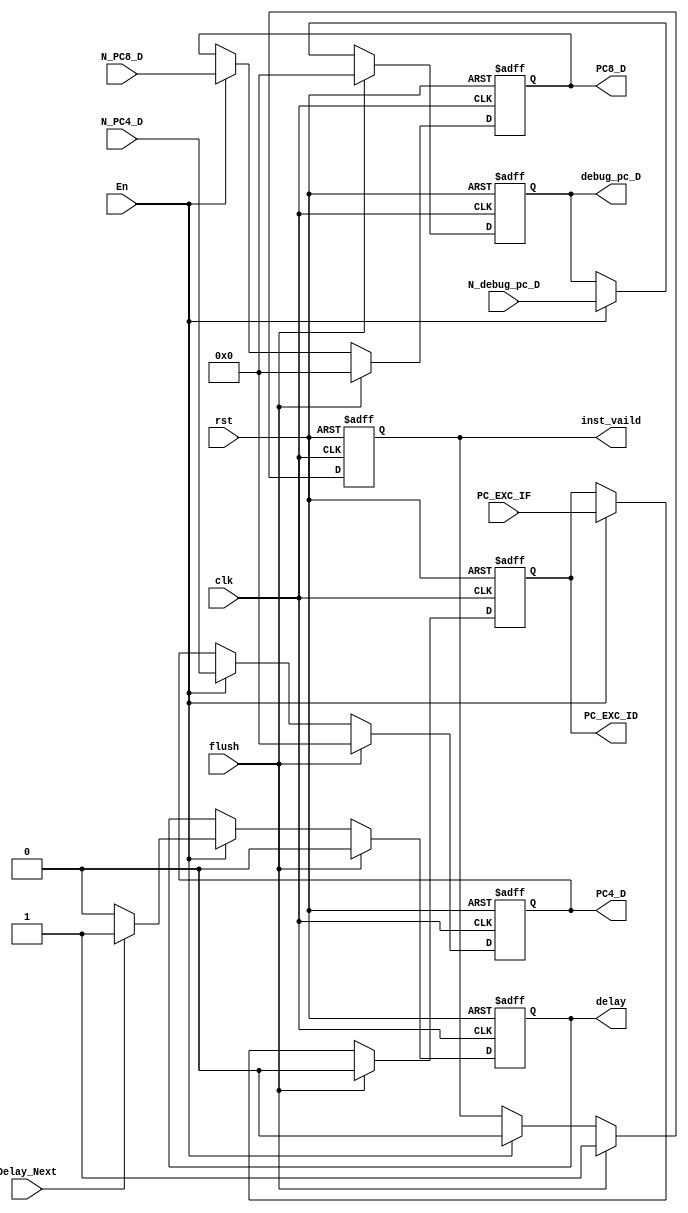
module FD(
    input clk,
	input rst,
	input En,
	input flush,
	input [31:0] N_PC4_D,
	input [31:0] N_PC8_D,
	input [31:0] N_debug_pc_D,
	input PC_EXC_IF,
	input Delay_Next,
	output reg [31:0] debug_pc_D,
	output reg [31:0] PC4_D = 0,
	output reg [31:0] PC8_D = 0,
	output reg  PC_EXC_ID,
	output reg inst_vaild,
	output reg delay
);

always @(posedge clk,posedge rst) begin
	if (rst) begin
		PC4_D <= 0;
		PC8_D <= 0;
		debug_pc_D <= 0;
		PC_EXC_ID <= 0;
		inst_vaild <= 0;
		delay <= 0;
	end
	else if (flush) begin
	  	PC4_D <= 0;
		PC8_D <= 0;
		debug_pc_D <= 0;
		PC_EXC_ID <= 0;
		inst_vaild <= 1;
		delay <= 0;
	end
	else if(En) begin
		PC4_D <= N_PC4_D;
		PC8_D <= N_PC8_D;
		debug_pc_D <= N_debug_pc_D;
		PC_EXC_ID <= PC_EXC_IF;
		inst_vaild <= 0;
		if(Delay_Next)
			delay <= 1;
		else
			delay <= 0;
	end
end

endmodule